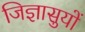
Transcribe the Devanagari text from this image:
जिज्ञासुयों